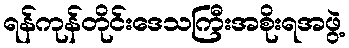
ရန်ကုန်တိုင်းဒေသကြီးအစိုးရအဖွဲ့